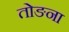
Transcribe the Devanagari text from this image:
तोङना